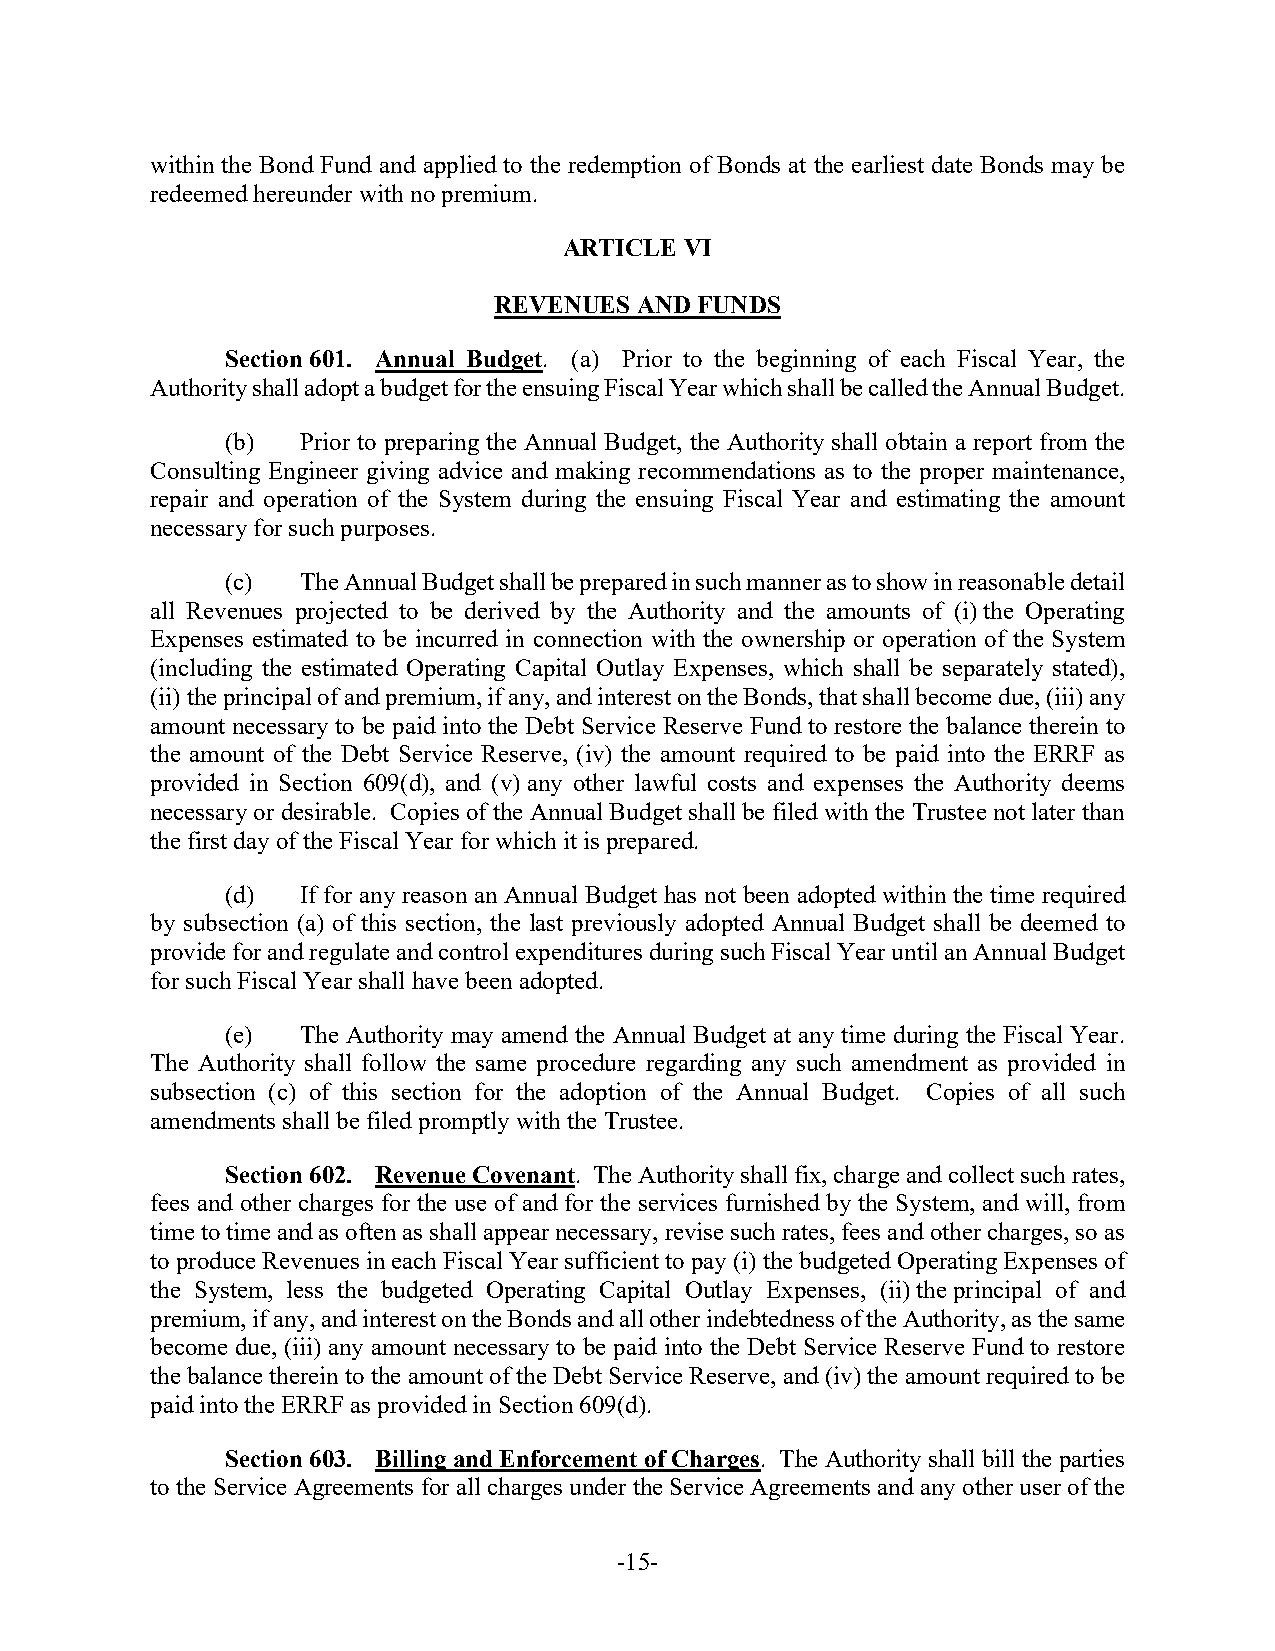
within the Bond Fund and applied to the redemption of Bonds at the earliest date Bonds may be
 redeemed hereunder with no premium.
 ARTICLE VI
 REVENUES AND FUNDS
 Section 601. Annual Budget. (a) Prior to the beginning of each Fiscal Year, the
 Authority shall adopt a budget for the ensuing Fiscal Year which shall be called the Annual Budget.
 (b)  Prior to preparing the Annual Budget, the Authority shall obtain a report from the
 Consulting Engineer giving advice and making recommendations as to the proper maintenance,
 repair and operation of the System during the ensuing Fiscal Year and estimating the amount
 necessary for such purposes.
 (c)  The Annual Budget shall be prepared in such manner as to show in reasonable detail
 all Revenues projected to be derived by the Authority and the amounts of (i) the Operating
 Expenses estimated to be incurred in connection with the ownership or operation of the System
 (including the estimated Operating Capital Outlay Expenses, which shall be separately stated),
 (ii) the principal of and premium, if any, and interest on the Bonds, that shall become due, (iii) any
 amount necessary to be paid into the Debt Service Reserve Fund to restore the balance therein to
 the amount of the Debt Service Reserve, (iv) the amount required to be paid into the ERRF as
 provided in Section 609(d), and (v) any other lawful costs and expenses the Authority deems
 necessary or desirable. Copies of the Annual Budget shall be filed with the Trustee not later than
 the first day of the Fiscal Year for which it is prepared.
 (d)  If for any reason an Annual Budget has not been adopted within the time required
 by subsection (a) of this section, the last previously adopted Annual Budget shall be deemed to
 provide for and regulate and control expenditures during such Fiscal Year until an Annual Budget
 for such Fiscal Year shall have been adopted.
 (e)  The Authority may amend the Annual Budget at any time during the Fiscal Year.
 The Authority shall follow the same procedure regarding any such amendment as provided in
 subsection (c) of this section for the adoption of the Annual Budget. Copies of all such
 amendments shall be filed promptly with the Trustee.
 Section 602. Revenue Covenant. The Authority shall fix, charge and collect such rates,
 fees and other charges for the use of and for the services furnished by the System, and will, from
 time to time and as often as shall appear necessary, revise such rates, fees and other charges, so as
 to produce Revenues in each Fiscal Year sufficient to pay (i) the budgeted Operating Expenses of
 the System, less the budgeted Operating Capital Outlay Expenses, (ii) the principal of and
 premium, if any, and interest on the Bonds and all other indebtedness of the Authority, as the same
 become due, (iii) any amount necessary to be paid into the Debt Service Reserve Fund to restore
 the balance therein to the amount of the Debt Service Reserve, and (iv) the amount required to be
 paid into the ERRF as provided in Section 609(d).
 Section 603. Billing and Enforcement of Charges. The Authority shall bill the parties
 to the Service Agreements for all charges under the Service Agreements and any other user of the
 -15-